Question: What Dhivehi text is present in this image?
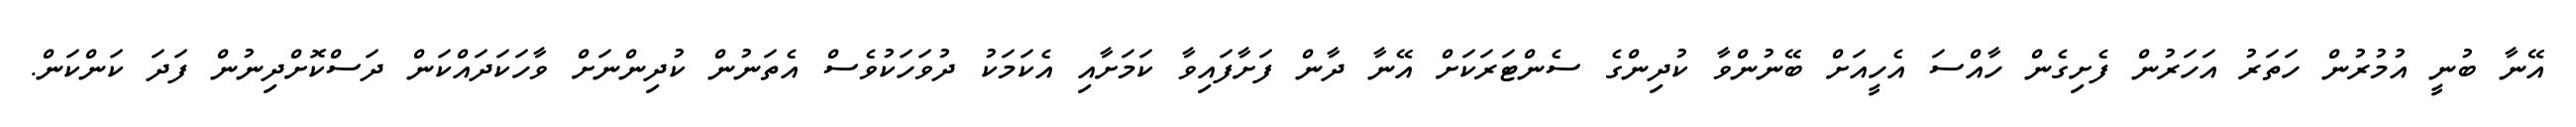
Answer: އޭނާ ބުނީ އުމުރުން ހަތަރު އަހަރުން ފެށިގެން ހާއްސަ އެހީއަށް ބޭނުންވާ ކުދިންގެ ސެންޓަރަކަށް އޭނާ ދާން ފަށާފައިވާ ކަމަށާއި އެކަމަކު ދުވަހަކުވެސް އެތަނުން ކުދިންނަށް ވާހަކަދައްކަން ދަސްކޮށްދިނުން ފަދަ ކަންކަން.